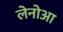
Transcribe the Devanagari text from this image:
लेनोआ